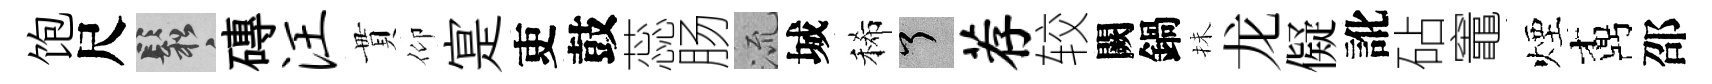
饱尺鬆磚汪貫仰寔吏鼓蕊肠𣴑城稀了荐较闕鍋抺龙儗訛砧竈煙鼒邵